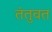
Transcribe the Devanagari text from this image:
तंतुवत